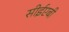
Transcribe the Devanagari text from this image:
सीईएबी